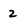
Character: 2